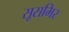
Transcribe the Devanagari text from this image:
सूसमिर